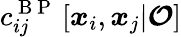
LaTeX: {c}_{ij}^{\mathrm{~B~P~}}\left[\boldsymbol{x}_{i},\boldsymbol{x}_{j}|\boldsymbol{\mathcal{O}}\right]